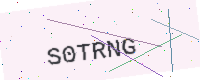
Text: S0TRNG